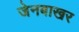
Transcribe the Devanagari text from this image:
जेनबाखर